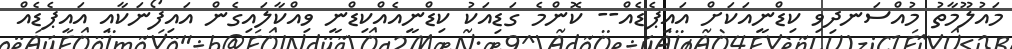
މައުލޫމާތު މުއްސަނދިވި ކިޑްނީއަކަށް އައިޕެޑެއް-- ކޮންމެ ގަޑިއަކު ކިޑްނީއެއްކިޑްނީ ވިއްކާލައިގެން އައިފޯނަކާއި އައިޕެޑެއް